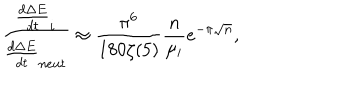
\frac { \frac { d \Delta E } { d t } _ { i } } { \frac { d \Delta E } { d t } _ { n e u t } } \approx \frac { \pi ^ { 6 } } { 1 8 0 \zeta ( 5 ) } \frac { n } { \mu _ { i } } e ^ { - \pi \sqrt { n } } ,